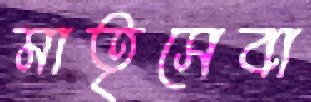
মাতৃসেবা